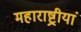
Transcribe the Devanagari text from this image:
महाराष्ट्रीयां